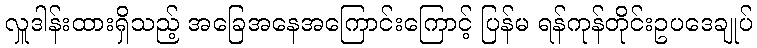
လှူဒါန်းထားရှိသည့် အခြေအနေအကြောင်းကြောင့် ပြန်မ ရန်ကုန်တိုင်းဥပဒေချုပ်